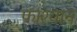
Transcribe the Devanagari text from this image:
फाश्यान